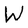
Character: W